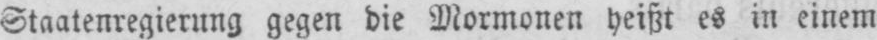
Staatenregierung gegen die Mormonen heißt es in einem